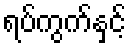
ရပ်ကွက်နှင့်